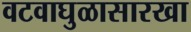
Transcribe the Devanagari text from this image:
वटवाघुळासारखा